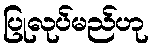
ပြုလုပ်မည်ဟု